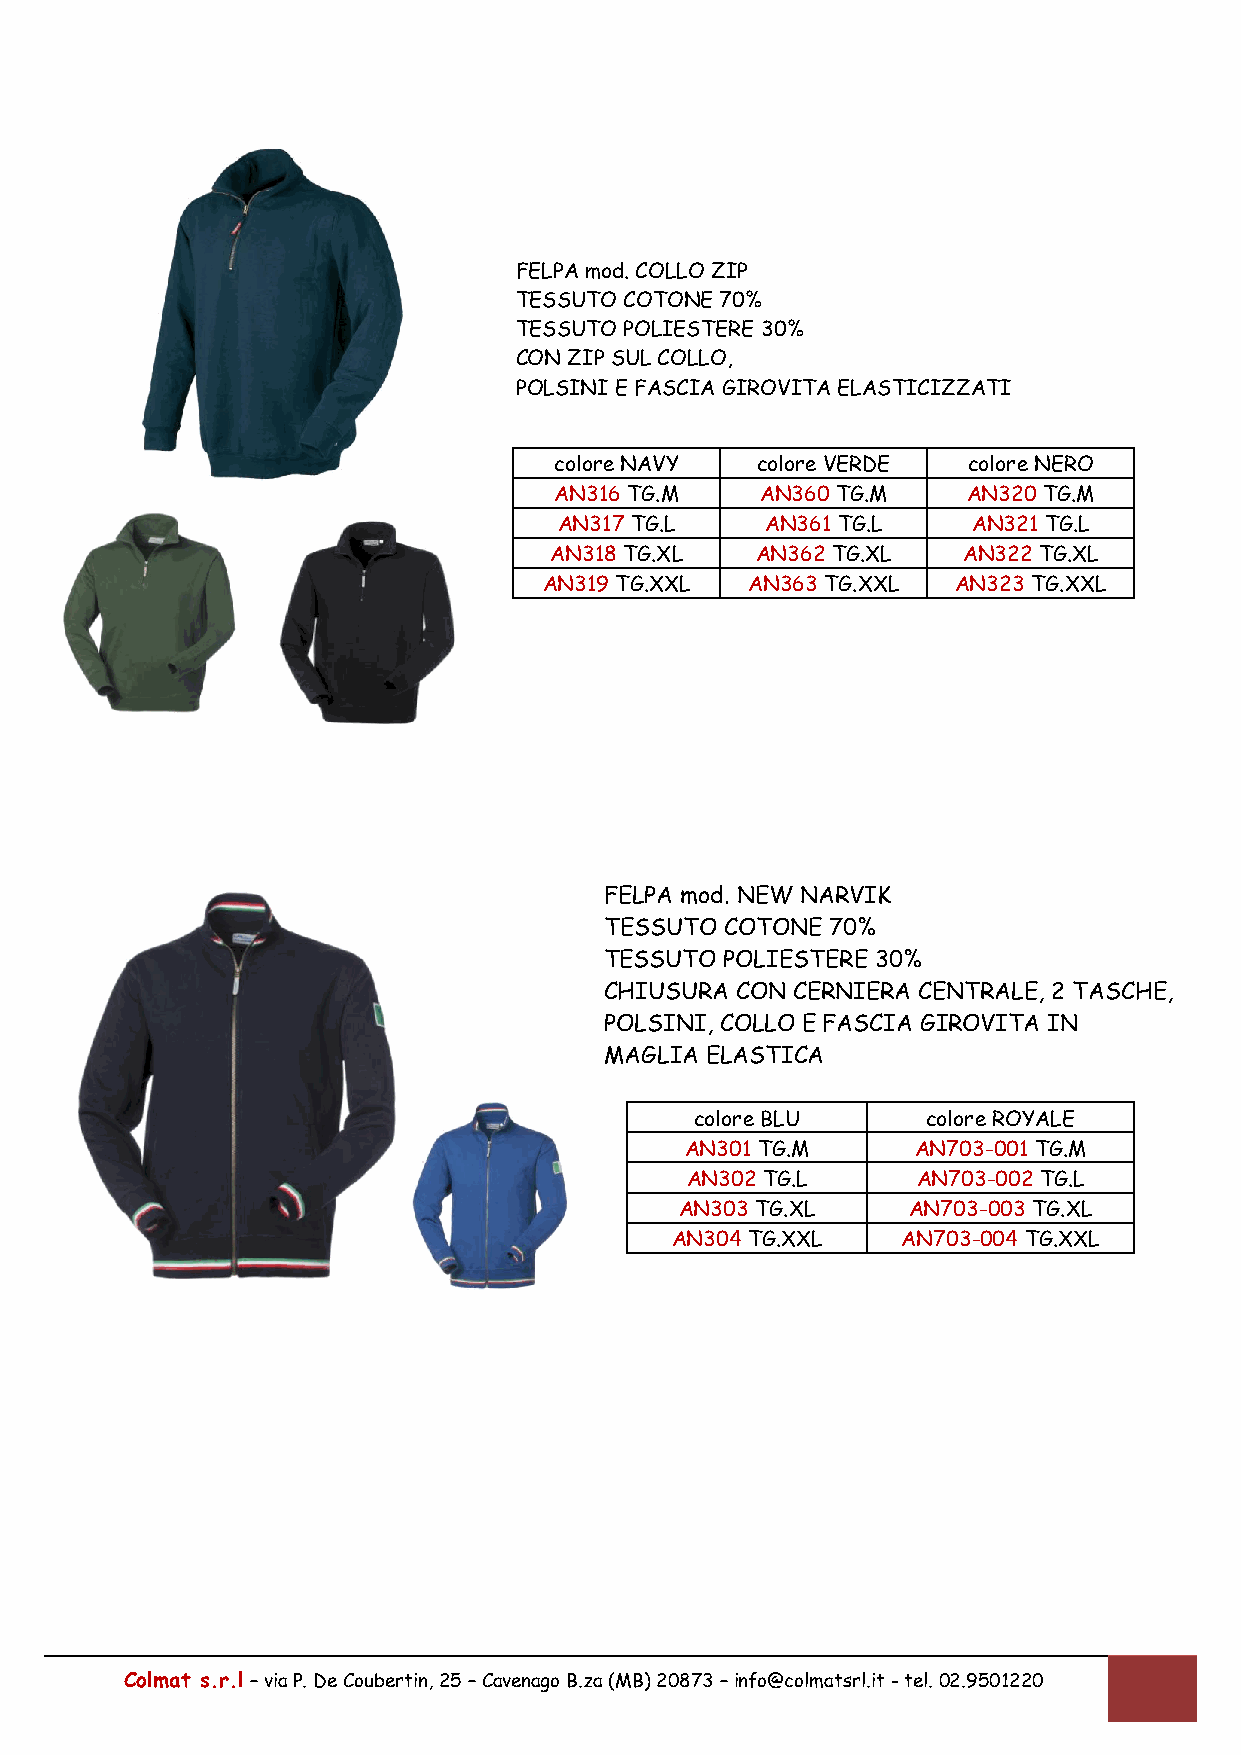
FELPA mod. COLLO ZIP
 TESSUTO COTONE 70%
 TESSUTO POLIESTERE 30%
 CON ZIP SUL COLLO,
 POLSINI E FASCIA GIROVITA ELASTICIZZATI
 colore NAVY  colore VERDE  colore NERO
 AN316 TG.M   AN360 TG.M    AN320 TG.M
 AN317 TG.L    AN361 TG.L   AN321 TG.L
 AN318 TG.XL   AN362 TG.XL   AN322 TG.XL
 AN319 TG.XXL AN363 TG.XXL  AN323 TG.XXL
 FELPA mod. NEW NARVIK
 TESSUTO COTONE 70%
 TESSUTO POLIESTERE 30%
 CHIUSURA CON CERNIERA CENTRALE, 2 TASCHE,
 POLSINI, COLLO E FASCIA GIROVITA IN
 MAGLIA ELASTICA
 colore BLU     colore ROYALE
 AN301 TG.M      AN703-001 TG.M
 AN302 TG.L      AN703-002 TG.L
 AN303 TG.XL    AN703-003 TG.XL
 AN304 TG.XXL    AN703-004 TG.XXL
 Colmat s.r.l – via P. De Coubertin, 25 – Cavenago B.za (MB) 20873 – info@colmatsrl.it - tel. 02.9501220